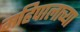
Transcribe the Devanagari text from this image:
महिपालाच्या